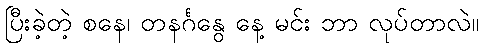
ပြီးခဲ့တဲ့ စနေ၊ တနင်္ဂနွေ နေ့ မင်း ဘာ လုပ်တာလဲ။